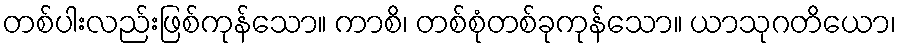
တစ်ပါးလည်းဖြစ်ကုန်သော။ ကာစိ၊ တစ်စုံတစ်ခုကုန်သော။ ယာသုဂတိယော၊